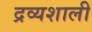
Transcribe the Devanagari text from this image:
द्रव्यशाली